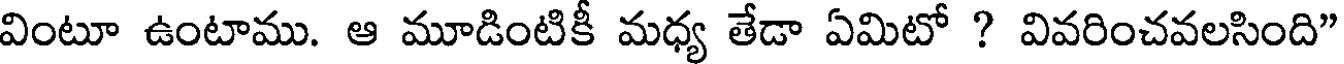
వింటూ ఉంటాము. ఆ మూడింటికీ మధ్య తేడా ఏమిటో ? వివరించవలసింది"